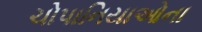
ચોપાનિયાઓના